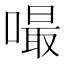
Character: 嘬